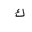
Letter: _kaf